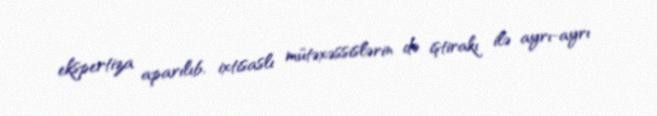
ekspertiza aparılıb, ixtisaslı mütəxəssislərin də iştirakı ilə ayrı-ayrı